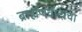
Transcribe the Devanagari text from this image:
ब्राह्मणवादाचा